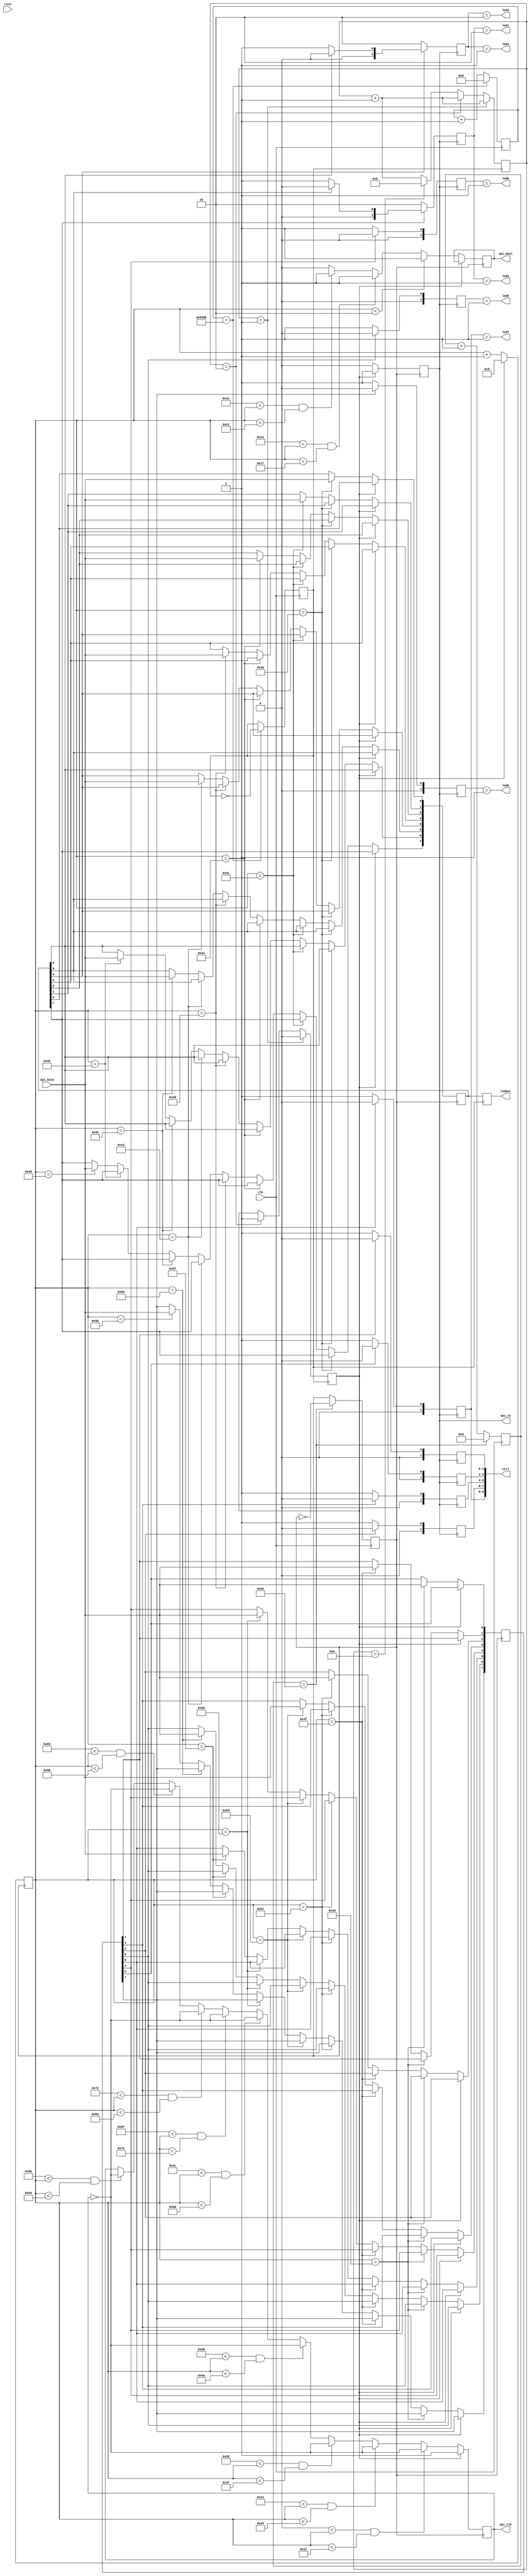
`timescale 1ns / 1ps
module spi_control(
    input clk,              //50Mhz
    input rstn,
    output [7:0] ledout,       //LEDbyte
    output spi_clk,         //SPI
    output spi_cs,          //SPI
    output spi_mosi,        //SPI
    input spi_miso,         //SPI


    output led1,
    output led2,
    output led3,
    output led4,
    output led5,
    output led6,
    output led7,
    output led8,
    output [9:0] ctrl
    );

reg [7:0] data_out; 
reg [7:0] data_in1;    //
reg [7:0] data_in2;
reg [7:0] data_in3;
reg [7:0] data_in4;
reg [7:0] data_in5;
reg [7:0] data_in6;
reg sclk=1;          //SPI  
reg smosi=1;           //SPI
reg smiso=0;           //SPI
reg scs;                //SPI
reg [9:0] cnt_clk_6us=0;
reg clk_6us=1;
reg [15:0] cnt_1020us=0;
reg clk_1020us=0;
reg [7:0] led_set=0;
reg trig=1;
reg [3:0] count_for_trig=0;
reg [7:0] count_trig=0;


// ps2pll u_pll (
//   .clkin1(clk),        // input
//   .pll_lock(),    // output
//   .clkout0(clki)       // output
// );
assign clki = clk;
//6us1020us
always @(posedge clki)
begin
        if(cnt_clk_6us == 10'b00_1001_0110-1) begin     //6us
            cnt_clk_6us <= 0;
            clk_6us <= ~clk_6us;   //
        end
        else
            cnt_clk_6us <= cnt_clk_6us + 1;


            if(cnt_1020us == 16'b0110_0011_1001_1100-1) begin    //1020us
            cnt_1020us <= 0;
            clk_1020us <= ~clk_1020us;  
        end
        else
            cnt_1020us <= cnt_1020us + 1;


end


//10msreg trigCS6us
always @( posedge clk_1020us)
begin
led_set<=data_in1;
count_for_trig<=count_for_trig+1;
    if (count_for_trig==4'b0001)
    trig<=0;
    else if (count_for_trig==4'b0010)
    trig<=1;
    else    if (count_for_trig==4'b1010)
    count_for_trig<=4'b0000;
end


//   
reg [1:0] left_y ;
reg [1:0] left_x ;
reg [1:0] L1     ;
reg [1:0] R1     ;
reg [1:0] R2     ;
reg [1:0] L2     ;
reg [1:0] Right_down ;
reg [1:0] Right_up ;
reg [1:0] Right_left ;
reg [1:0] Right_right ;


always @(posedge scs)    //10msPWM
begin

 left_y <= 0;
 left_x <= 0; 
 L1     <= 0;
 R1     <= 0;
 R2     <= 0;
 L2     <= 0;
 Right_down <= 0;
 Right_up <= 0;
 Right_left <= 0;
 Right_right <= 0;


    if (data_in1[4]==0)    //control pwm1           //UP
    left_y <= 2'd 2;//0000 0010
    else if(data_in1[6]==0)                          //DOWN
    left_y <= 2'd 1;
    else 
    left_y <= 0;

    if (data_in1[7]==0)    //control pwm2              //LEFT
    left_x <= 2'd 2;
    else if(data_in1[5]==0)                             //
    left_x <= 2'd 1;
    else 
    left_x <= 0;

    if (data_in2[2]==0)    //control pwm3  1.48ms360     //L1
    L1 <= 1 ;
    if(data_in2[3]==0)                                        //R1
    R1 <= 1;

    if (data_in2[6]==0)    //control pwm4                          //X
    Right_down <= 1;
    if(data_in2[4]==0)                                         //
    Right_up <= 1;

    if (data_in2[0]==0)        //control pwm5                      //L2
    L2 <= 1;
    if(data_in2[1]==0)                                         //R2
    R2 <= 1;

    if (data_in2[7]==0)        //control pwm6                      //
    Right_left <= 1;
    if(data_in2[5]==0)
    Right_right <= 1;                                                      //


/*if((data_in4>126)&(data_in4<132)) 
 begin
    left_y <=0 ;
 end
 else if ((data_in4<127)|(data_in4>132))      //Y                       
    begin
        if (data_in4<123)  //
            begin
            left_y <=2 ; 
            end
           else if(data_in4>132) //
                    begin
                    left_y <=1 ;
                    end
    end


if((data_in3>126)&(data_in3<132)) 
 begin
    left_x <=0 ;
 end
 else if ((data_in3<127)|(data_in3>132))      //X                       
    begin
        if (data_in3<123)  //
            begin
            left_x <=2 ; 
            end
           else if(data_in3>132) //
                    begin
                    left_x <=1 ;
                    end
    end



*/
end





always @(negedge clk_6us)
begin
    if (trig==0)
    begin
    scs<=0;
    count_trig<=count_trig+1;
    //spi_clk
            if ((0<count_trig)&(count_trig<17))   //byte1
            sclk<=~sclk;
            else if ((19<count_trig)&(count_trig<36))  //byte2
            sclk<=~sclk;
            else if ((38<count_trig)&(count_trig<55))  //byte3
            sclk<=~sclk;
            else if ((57<count_trig)&(count_trig<74))  //byte4
            sclk<=~sclk;
            else if ((76<count_trig)&(count_trig<93))  //byte5
            sclk<=~sclk;
            else if ((95<count_trig)&(count_trig<112))  //byte6
            sclk<=~sclk;
            else if ((114<count_trig)&(count_trig<131))  //byte7
            sclk<=~sclk;
            else if ((133<count_trig)&(count_trig<150))  //byte8
            sclk<=~sclk;
            else if ((152<count_trig)&(count_trig<169))  //byte9
            sclk<=~sclk;

    ///mosi///
    if (count_trig<2)
        smosi<=1;
    else if ((20<count_trig)&(count_trig<23))
        smosi<=1;
    else if ((30<count_trig)&(count_trig<33))
        smosi<=1;
    else 
        smosi<=0;


    //miso



        if (count_trig==58)    //byte4
        data_in1[0]<=spi_miso;
    else if (count_trig==60)
        data_in1[1]<=spi_miso;
    else if (count_trig==62)
        data_in1[2]<=spi_miso;
    else if (count_trig==64)
        data_in1[3]<=spi_miso;
    else if (count_trig==66)
        data_in1[4]<=spi_miso;
    else if (count_trig==68)
        data_in1[5]<=spi_miso;
    else if (count_trig==70)
        data_in1[6]<=spi_miso;
    else if (count_trig==72)
        data_in1[7]<=spi_miso;  


    if (count_trig==77)    //byte5
        data_in2[0]<=spi_miso;
    else if (count_trig==79)
        data_in2[1]<=spi_miso;
    else if (count_trig==81)
        data_in2[2]<=spi_miso;
    else if (count_trig==83)
        data_in2[3]<=spi_miso;
    else if (count_trig==85)
        data_in2[4]<=spi_miso;
    else if (count_trig==87)
        data_in2[5]<=spi_miso;
    else if (count_trig==89)
        data_in2[6]<=spi_miso;
    else if (count_trig==91)
        data_in2[7]<=spi_miso;  

    if (count_trig==96)    //byte6
        data_in3[0]<=spi_miso;
    else if (count_trig==98)
        data_in3[1]<=spi_miso;
    else if (count_trig==100)
        data_in3[2]<=spi_miso;
    else if (count_trig==102)
        data_in3[3]<=spi_miso;
    else if (count_trig==104)
        data_in3[4]<=spi_miso;
    else if (count_trig==106)
        data_in3[5]<=spi_miso;
    else if (count_trig==108)
        data_in3[6]<=spi_miso;
    else if (count_trig==110)
        data_in3[7]<=spi_miso;  

        if (count_trig==115)    //byte7
        data_in4[0]<=spi_miso;
    else if (count_trig==117)
        data_in4[1]<=spi_miso;
    else if (count_trig==119)
        data_in4[2]<=spi_miso;
    else if (count_trig==121)
        data_in4[3]<=spi_miso;
    else if (count_trig==123)
        data_in4[4]<=spi_miso;
    else if (count_trig==125)
        data_in4[5]<=spi_miso;
    else if (count_trig==127)
        data_in4[6]<=spi_miso;
    else if (count_trig==129)
        data_in4[7]<=spi_miso;

                if (count_trig==134)    //byte8
        data_in5[0]<=spi_miso;
    else if (count_trig==136)
        data_in5[1]<=spi_miso;
    else if (count_trig==138)
        data_in5[2]<=spi_miso;
    else if (count_trig==140)
        data_in5[3]<=spi_miso;
    else if (count_trig==142)
        data_in5[4]<=spi_miso;
    else if (count_trig==144)
        data_in5[5]<=spi_miso;
    else if (count_trig==146)
        data_in5[6]<=spi_miso;
    else if (count_trig==148)
        data_in5[7]<=spi_miso;


    if (count_trig==153)    //byte9
        data_in6[0]<=spi_miso;
    else if (count_trig==155)
        data_in6[1]<=spi_miso;
    else if (count_trig==157)
        data_in6[2]<=spi_miso;
    else if (count_trig==159)
        data_in6[3]<=spi_miso;
    else if (count_trig==161)
        data_in6[4]<=spi_miso;
    else if (count_trig==163)
        data_in6[5]<=spi_miso;
    else if (count_trig==165)
        data_in6[6]<=spi_miso;
    else if (count_trig==167)
        data_in6[7]<=spi_miso;  
    end

    else if(trig==1)
        begin
        scs<=1;
        sclk<=1;
        count_trig<=0;
        end


end


assign led1 = (left_x == 2'd 2);
assign led2 = (left_x == 2'd 1);
assign led3 = (left_y == 2'd 2);
assign led4 = (left_y == 2'd 1);
assign led5 = (Right_down == 1);
assign led6 = (Right_left == 1);
assign led7 = (Right_right == 1);
assign led8 = (Right_up == 1);




assign ledout = led_set;
assign spi_clk=sclk;
assign spi_cs=scs;
assign spi_mosi=smosi;

assign ctrl={left_y,left_x,Right_down,Right_up,Right_left,Right_right,L1,R1,L2,R2};

endmodule